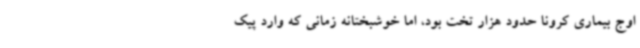
اوج بیماری کرونا حدود هزار تخت بود، اما خوشبختانه زمانی که وارد پیک